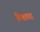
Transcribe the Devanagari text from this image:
विश्वश्रवा